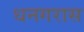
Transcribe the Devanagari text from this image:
धनगरास